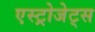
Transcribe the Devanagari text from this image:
एस्‍ट्रोजेट्स